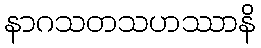
နာဂသတသဟဿာနိ